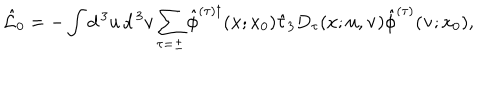
LaTeX: \hat { \cal L } _ { 0 } = - \int d ^ { \, 3 } u \, d ^ { \, 3 } v \sum _ { \tau = \pm } \hat { \phi } ^ { ( \tau ) \dagger } ( { \bf x } ; x _ { 0 } ) \hat { \tau } _ { 3 } D _ { \tau } ( x ; { \bf u } , { \bf v } ) \hat { \phi } ^ { ( \tau ) } ( { \bf v } ; x _ { 0 } ) ,